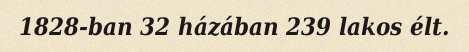
1828-ban 32 házában 239 lakos élt.